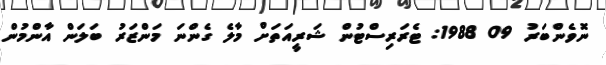
ނޮވެންބަރު 09 1988: ޓެރަރިސްޓުން ޝަރީއަތަށް މާލެ ގެންނަ މަންޒަރު ބަލަން އާންމުން